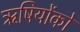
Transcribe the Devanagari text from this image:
ऋषियोंको